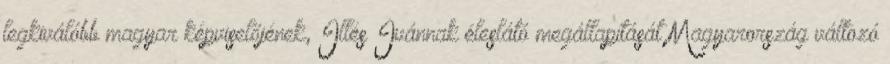
legkiválóbb magyar képviselőjének, Illés Ivánnak éleslátó megállapítását Magyarország változó